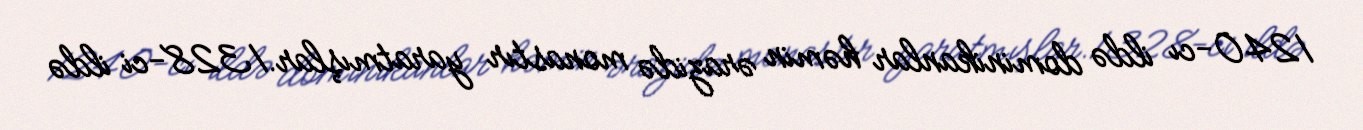
1240-cı ildə dominikanlar həmin ərazidə monastır yaratmışlar.1328-ci ildə